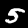
Label: 5